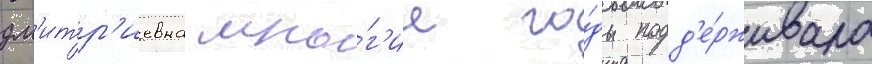
дм'итр'иевна мно́г'ие го́ды подд'е́рживала